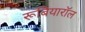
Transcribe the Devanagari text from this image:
रूबियारॉल